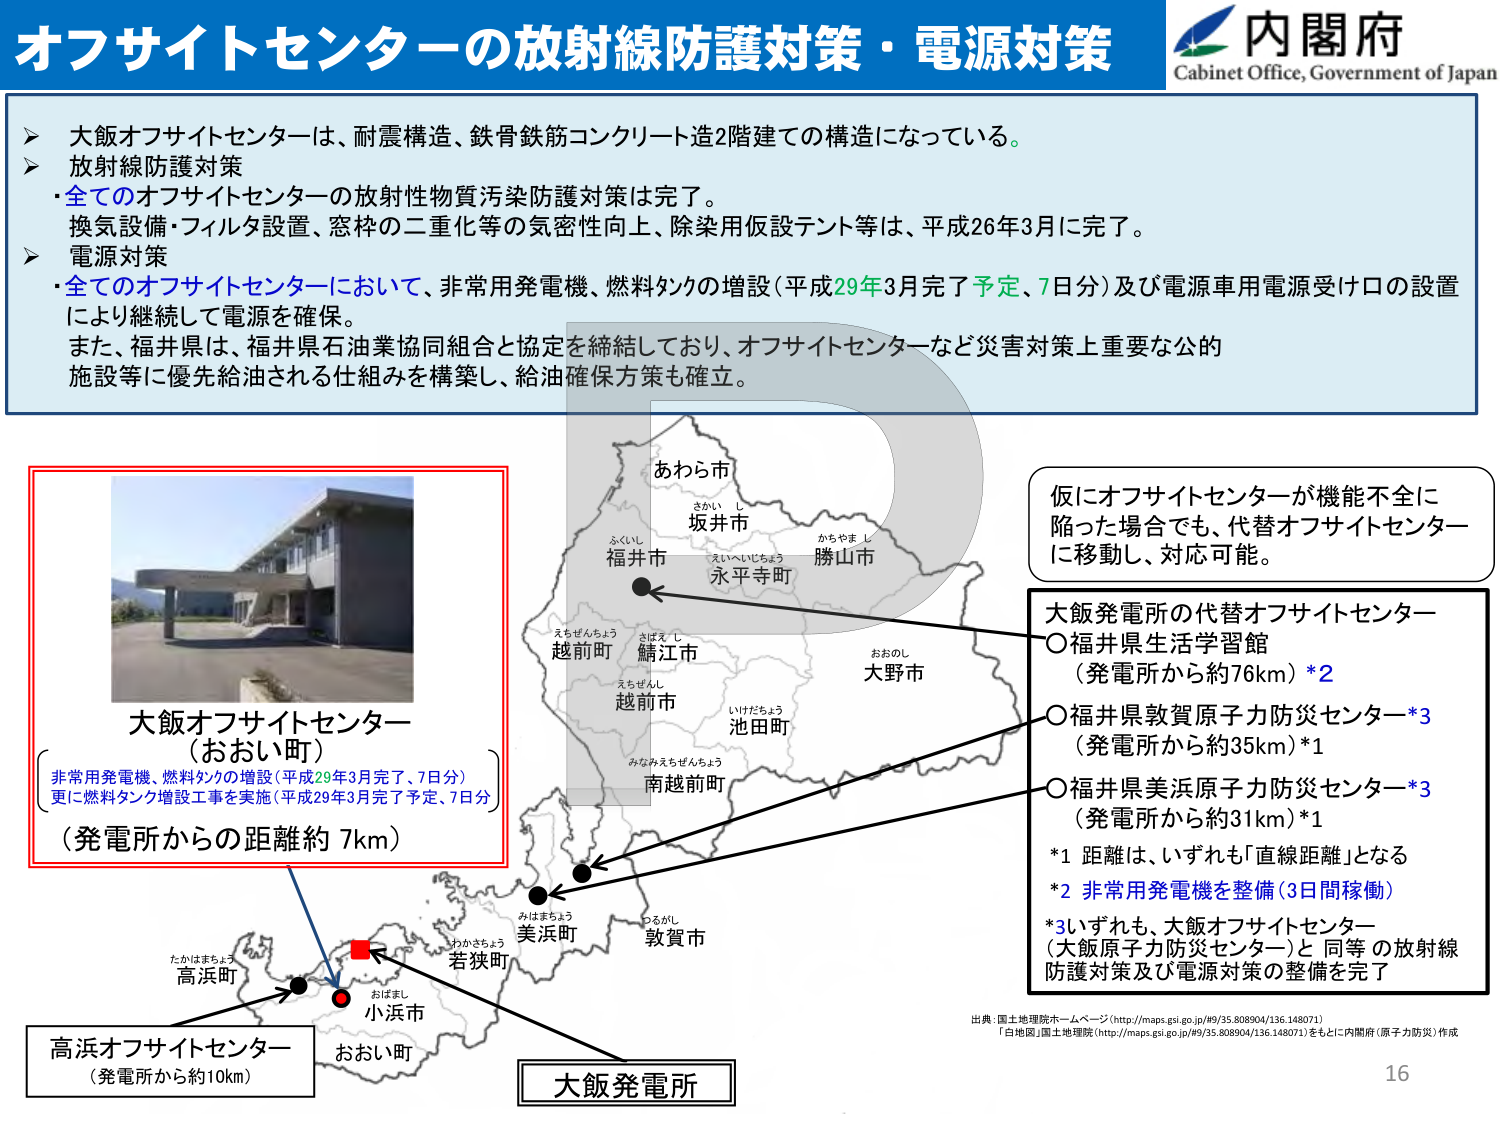
オフサイトセンターの放射線防護対策・電源対策
内閣府
Cabinet Office, Government of Japan

大飯オフサイトセンターは、耐震構造、鉄骨鉄筋コンクリート造2階建ての構造になっている。
放射線防護対策
・全てのオフサイトセンターの放射性物質汚染防護対策は完了。
換気設備・フィルタ設置、窓枠の二重化等の気密性向上、除染用仮設テント等は、平成26年3月に完了。
電源対策
・全てのオフサイトセンターにおいて、非常用発電機、燃料タンクの増設（平成29年3月完了予定、7日分）及び電源車用電源受け口の設置により継続して電源を確保。
また、福井県は、福井県石油業協同組合と協定を締結しており、オフサイトセンターなど災害対策上重要な公的施設等に優先給油される仕組みを構築し、給油確保方策も確立。

あわら市
さかい し
坂井市
ふくいし
福井市
えいへいちょう
永平寺町
かちやま し
勝山市
えちぜんちょう
越前町
さばえ し
鯖江市
えちぜんし
越前市
おおのし
大野市
いけだちょう
池田町
みなみえちぜんちょう
南越前町
たかはまちょう
高浜町
わかさちょう
若狭町
おばまし
小浜市
みはまちょう
美浜町
つるがし
敦賀市

大飯オフサイトセンター
（おおい町）
非常用発電機、燃料タンクの増設（平成29年3月完了、7日分）
更に燃料タンク増設工事を実施（平成29年3月完了予定、7日分）
（発電所からの距離約 7km）

仮にオフサイトセンターが機能不全に陥った場合でも、代替オフサイトセンターに移動し、対応可能。

大飯発電所の代替オフサイトセンター
○福井県生活学習館
（発電所から約76km）*2
○福井県敦賀原子力防災センター*3
（発電所から約35km）*1
○福井県美浜原子力防災センター*3
（発電所から約31km）*1
*1 距離は、いずれも「直線距離」となる
*2 非常用発電機を整備（3日間稼働）
*3 いずれも、大飯オフサイトセンター（大飯原子力防災センター）と同等の放射線防護対策及び電源対策の整備を完了

高浜オフサイトセンター
（発電所から約10km）

大飯発電所

出典：国土地理院ホームページ（http://maps.gsi.go.jp/#!/35.808904/136.148071）
「白地図」国土地理院（http://maps.gsi.go.jp/#!/35.808904/136.148071）をもとに内閣府（原子力防災）作成
16